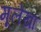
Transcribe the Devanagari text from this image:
मूलेखां